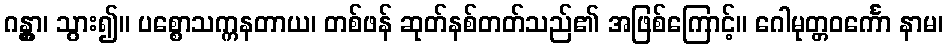
ဂန္တွာ၊ သွား၍။ ပစ္စောသက္ကနတာယ၊ တစ်ဖန် ဆုတ်နစ်တတ်သည်၏ အဖြစ်ကြောင့်။ ဂေါမုတ္တဝင်္ကော နာမ၊